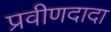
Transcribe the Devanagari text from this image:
प्रवीणदादा